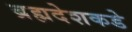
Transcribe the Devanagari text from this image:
ब्रह्मदेशकडे